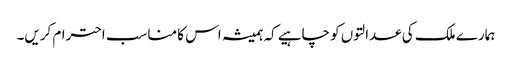
ہمارے ملک کی عدالتوں کو چاہیے کہ ہمیشہ اس کا مناسب احترام کریں۔